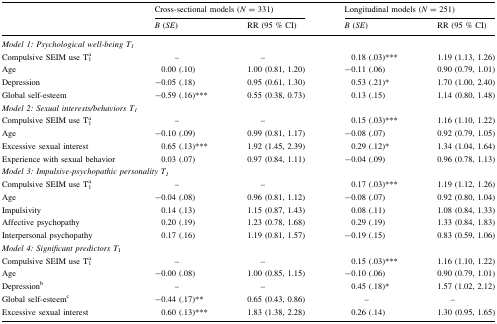
<table><thead><tr><td rowspan="2"></td><td colspan="2"><b>Cross-sectional models (<i>N</i> = 331)</b></td><td colspan="2"><b>Longitudinal models (<i>N</i> = 251)</b></td></tr><tr><td><b><i>B</i> (<i>SE</i>)</b></td><td><b>RR (95 % CI)</b></td><td><b><i>B</i> (<i>SE</i>)</b></td><td><b>RR (95 % CI)</b></td></tr></thead><tbody><tr><td colspan="5"><i>Model 1: Psychological well-being T</i><sub><i>1</i></sub></td></tr><tr><td>Compulsive SEIM use T<sub>1</sub><sup>a</sup></td><td>–</td><td>–</td><td>0.18 (.03)***</td><td>1.19 (1.13, 1.26)</td></tr><tr><td>Age</td><td>0.00 (.10)</td><td>1.00 (0.81, 1.20)</td><td>−0.11 (.06)</td><td>0.90 (0.79, 1.01)</td></tr><tr><td>Depression</td><td>−0.05 (.18)</td><td>0.95 (0.61, 1.30)</td><td>0.53 (.21)*</td><td>1.70 (1.00, 2.40)</td></tr><tr><td>Global self-esteem</td><td>−0.59 (.16)***</td><td>0.55 (0.38, 0.73)</td><td>0.13 (.15)</td><td>1.14 (0.80, 1.48)</td></tr><tr><td colspan="5"><i>Model 2: Sexual interests/behaviors T</i><sub><i>1</i></sub></td></tr><tr><td>Compulsive SEIM use T<sub>1</sub><sup>a</sup></td><td>–</td><td>–</td><td>0.15 (.03)***</td><td>1.16 (1.10, 1.22)</td></tr><tr><td>Age</td><td>−0.10 (.09)</td><td>0.99 (0.81, 1.17)</td><td>−0.08 (.07)</td><td>0.92 (0.79, 1.05)</td></tr><tr><td>Excessive sexual interest</td><td>0.65 (.13)***</td><td>1.92 (1.45, 2.39)</td><td>0.29 (.12)*</td><td>1.34 (1.04, 1.64)</td></tr><tr><td>Experience with sexual behavior</td><td>0.03 (.07)</td><td>0.97 (0.84, 1.11)</td><td>−0.04 (.09)</td><td>0.96 (0.78, 1.13)</td></tr><tr><td colspan="5"><i>Model 3: Impulsive-psychopathic personality T</i><sub><i>1</i></sub></td></tr><tr><td>Compulsive SEIM use T<sub>1</sub><sup>a</sup></td><td>–</td><td>–</td><td>0.17 (.03)***</td><td>1.19 (1.12, 1.26)</td></tr><tr><td>Age</td><td>−0.04 (.08)</td><td>0.96 (0.81, 1.12)</td><td>−0.08 (.07)</td><td>0.92 (0.80, 1.04)</td></tr><tr><td>Impulsivity</td><td>0.14 (.13)</td><td>1.15 (0.87, 1.43)</td><td>0.08 (.11)</td><td>1.08 (0.84, 1.33)</td></tr><tr><td>Affective psychopathy</td><td>0.20 (.19)</td><td>1.23 (0.78, 1.68)</td><td>0.29 (.19)</td><td>1.33 (0.84, 1.83)</td></tr><tr><td>Interpersonal psychopathy</td><td>0.17 (.16)</td><td>1.19 (0.81, 1.57)</td><td>−0.19 (.15)</td><td>0.83 (0.59, 1.06)</td></tr><tr><td colspan="5"><i>Model 4: Significant predictors T</i><sub>1</sub></td></tr><tr><td>Compulsive SEIM use T<sub>1</sub><sup>a</sup></td><td>–</td><td>–</td><td>0.15 (.03)***</td><td>1.16 (1.10, 1.22)</td></tr><tr><td>Age</td><td>−0.00 (.08)</td><td>1.00 (0.85, 1.15)</td><td>−0.10 (.06)</td><td>0.90 (0.79, 1.01)</td></tr><tr><td>Depression<sup>b</sup></td><td>–</td><td>–</td><td>0.45 (.18)*</td><td>1.57 (1.02, 2.12)</td></tr><tr><td>Global self-esteem<sup>c</sup></td><td>−0.44 (.17)**</td><td>0.65 (0.43, 0.86)</td><td>–</td><td>–</td></tr><tr><td>Excessive sexual interest</td><td>0.60 (.13)***</td><td>1.83 (1.38, 2.28)</td><td>0.26 (.14)</td><td>1.30 (0.95, 1.65)</td></tr></tbody></table>